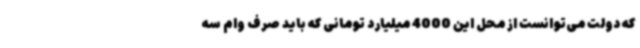
که دولت می‌توانست از محل این 4000 میلیارد تومانی که باید صرف وام سه